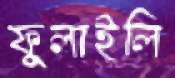
ফুলাইলি